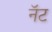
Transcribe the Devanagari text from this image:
नॅट